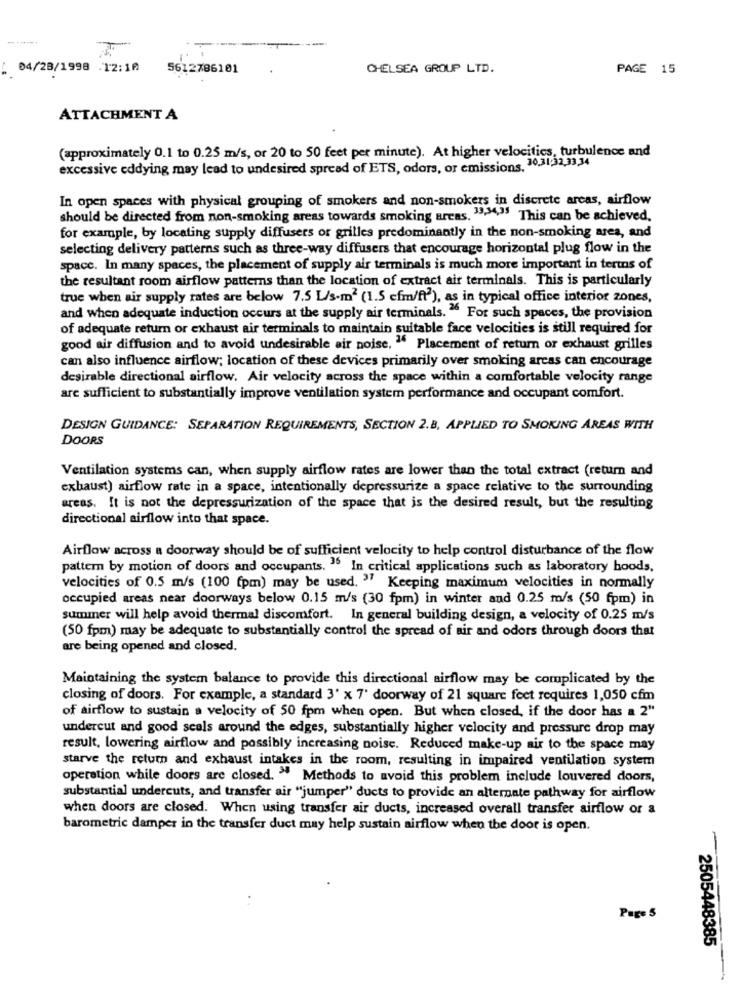
04/28/1998 .12:10
5612786101
CHELSEA GROUP LTD.
PAGE 15
ATTACHMENT A
(approximately 0.1 to 0.25 m/s, or 20 to 50 feet per minute). At higher velocities, turbulence and
excessive eddying may lead to undesired spread of ETS, odors, or emissions, 30,31:32,33,34
In open spaces with physical grouping of smokers and non-smokers in discrete areas, airflow
should be directed from non-smoking areas towards smoking areas. "","4,35 This can be achieved,
for example, by locating supply diffusers or grilles predominantly in the non-smoking area, and
selecting delivery patterns such as three-way diffusers that encourage horizontal plug flow in the
space. In many spaces, the placement of supply air terminals is much more important in terms of
the resultant room airflow patterns than the location of extract air terminals. This is particularly
true when air supply rates are below 7,5 L/s-m2 (1.5 efm/ft2), as in typical office interior zones,
and when adequate induction occurs at the supply air terminals. 26 For such spaces, the provision
of adequate return or exhaust air terminals to maintain suitable face velocities is still required for
good air diffusion and to avoid undesirable air noise, 36 Placement of return or exhaust grilles
can also influence airflow; location of these devices primarily over smoking areas can encourage
desirable directional airflow. Air velocity across the space within a comfortable velocity range
are sufficient to substantially improve ventilation system performance and occupant comfort.
DESIGN GUIDANCE: SEPARATION REQUIREMENTS, SECTION 2.B. APPLIED TO SMOKING AREAS WITH
DOORS
Ventilation systems can, when supply airflow rates are lower than the total extract (return and
exhaust) airflow rate in a space, intentionally depressurize a space relative to the surrounding
areas. It is not the depressurization of the space that is the desired result, but the resulting
directional airflow into that space.
Airflow across a doorway should be of sufficient velocity to help control disturbance of the flow
pattern by motion of doors and occupants. 35 In critical applications such as laboratory hoods,
velocities of 0.5 m/s (100 (pm) may be used. " Keeping maximum velocities in normally
occupied areas near doorways below 0.15 m/s (30 fpm) in winter and 0.25 m/s (50 fpm) in
summer will help avoid thermal discomfort. In general building design, a velocity of 0.25 m/s
(50 fpm) may be adequate to substantially control the spread of air and odors through doors that
are being opened and closed.
Maintaining the system balance to provide this directional airflow may be complicated by the
closing of doors. For example, a standard 3' x 7' doorway of 21 square feet requires 1,050 cfm
of airflow to sustain a velocity of 50 fpm when open. But when closed, if the door has a 2"
undercut and good seals around the edges, substantially higher velocity and pressure drop may
result, lowering airflow and possibly increasing noise. Reduced make-up air to the space may
starve the return and exhaust intakes in the room, resulting in impaired ventilation system
operation while doors are closed. " Methods to avoid this problem include louvered doors,
substantial undercuts, and transfer air "jumper" ducts to provide an alternate pathway for airflow
when doors are closed. When using transfer air ducts, increased overall transfer airflow or a
barometric damper in the transfer duct may help sustain airflow when the door is open.
2505448385